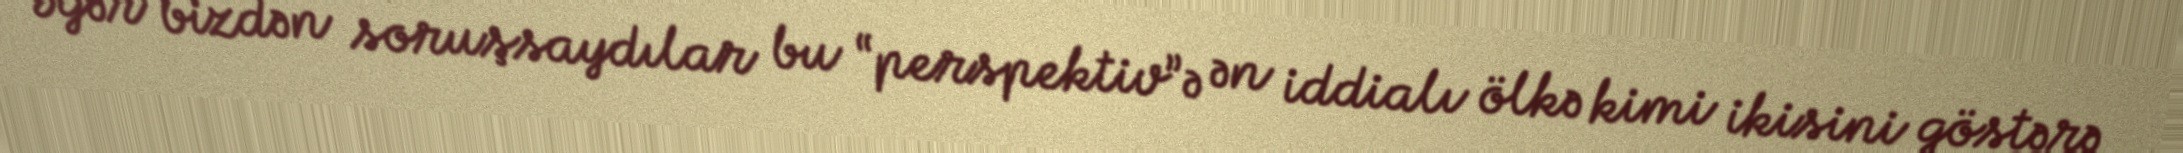
Əgər bizdən soruşsaydılar bu “perspektiv”ə ən iddialı ölkə kimi ikisini göstərə